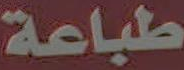
طباعة